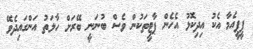
ޕީޕީއެމާ އެކު އިދިކޮޅު އެހެން ޕާޓީތަކުން ވެސް ބުނަނީ ބޭރަށް ހާލަތު އަންގައިދެވޭ